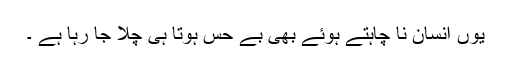
یوں انسان نا چاہتے ہوئے بھی بے حس ہوتا ہی چلا جا رہا ہے ۔